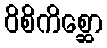
ဝိစိကိစ္ဆော